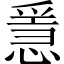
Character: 㥯